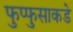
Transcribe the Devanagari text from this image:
फुप्फुसाकडे